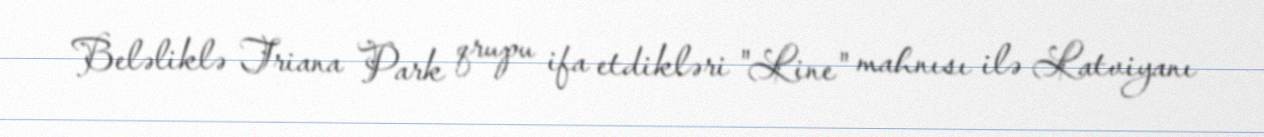
Beləliklə Triana Park qrupu ifa etdikləri "Line" mahnısı ilə Latviyanı